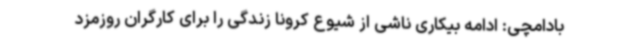
بادامچی: ادامه بیکاری ناشی از شیوع کرونا زندگی را برای کارگران روزمزد